Annual statistical returns and brief notes on vaccination in Bengal - 1896-1909
Year: 1896
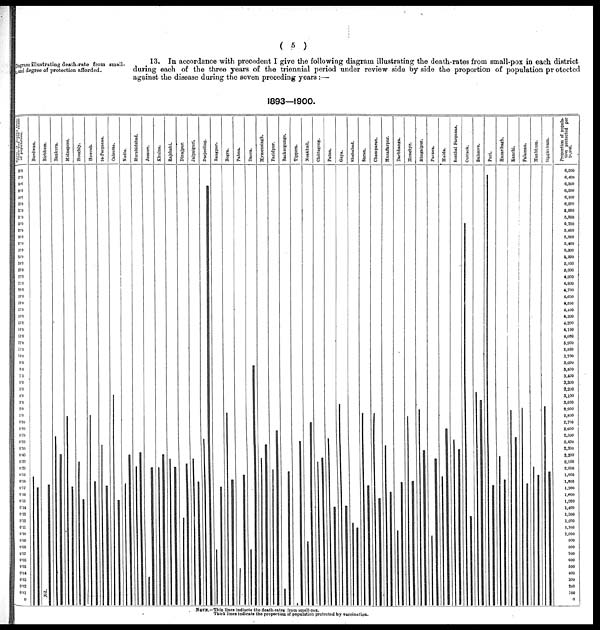
( 5 )
Diagram illustrating death-rate from small-
pox, and degree of protection afforded.
13. In accordance with precedent I give the following diagram illustrating the death-rates from small-pox in each district
during each of the three years of the triennial period under review side by side the proportion of population protected
against the disease during the seven preceding years:—
1893—1900.
NOTE.—Thin lines indiacte the death-rates from small-pox.
Thick lines indicate the proportion of population protected by vaccination.